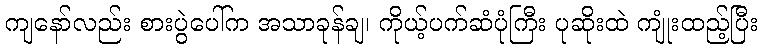
ကျနော်လည်း စားပွဲပေါ်က အသာခုန်ချ၊ ကိုယ့်ပက်ဆံပုံကြီး ပုဆိုးထဲ ကျုံးထည့်ပြီး